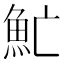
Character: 䰶